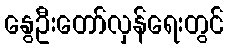
နွေဦးတော်လှန်ရေးတွင်